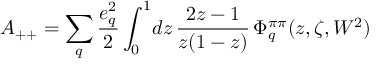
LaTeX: A _ { + + } = \sum _ { q } \frac { e _ { q } ^ { 2 } } { 2 } \int _ { 0 } ^ { 1 } \! d z \, { \frac { 2 z - 1 } { z ( 1 - z ) } } \, \Phi _ { q } ^ { \pi \pi } ( z , \zeta , W ^ { 2 } )